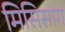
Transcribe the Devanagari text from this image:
मिसिसाग